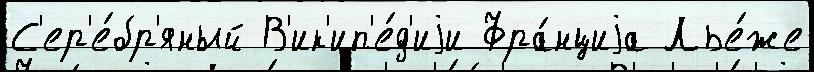
С'ер'е́бр'яный В'ик'ип'е́д'иjи Фра́нциjа Лье́же